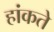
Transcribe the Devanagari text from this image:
हांकते